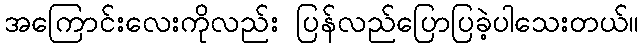
အကြောင်းလေးကိုလည်း ပြန်လည်ပြောပြခဲ့ပါသေးတယ်။